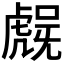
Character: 𮓨